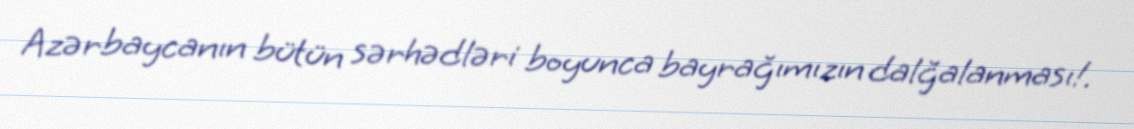
Azərbaycanın bütün sərhədləri boyunca bayrağımızın dalğalanması!.